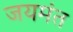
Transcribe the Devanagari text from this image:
जयमंत